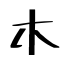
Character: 木